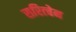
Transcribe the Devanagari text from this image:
सरित्चेन